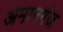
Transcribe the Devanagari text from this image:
अमानगंज